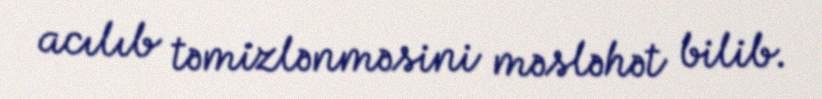
acılıb təmizlənməsini məsləhət bilib.